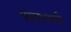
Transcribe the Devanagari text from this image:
प्रसारवादी